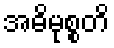
အဓိမုစ္စတိ